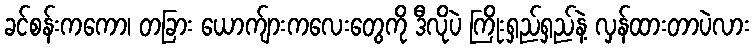
ခင်စန်းကကော၊ တခြား ယောက်ျားကလေးတွေကို ဒီလိုပဲ ကြိုးရှည်ရှည်နဲ့ လှန်ထားတာပဲလား